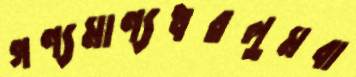
গণ্যমাণ্যধরলুমবা